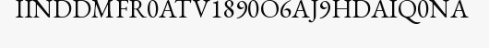
IINDDMFR0ATV1890O6AJ9HDAIQ0NA